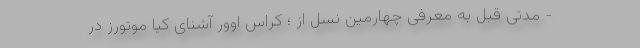
- مدتی قبل به معرفی چهارمین نسل از ؛ کراس اوور آشنای کیا موتورز در